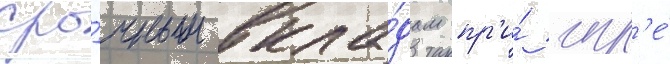
сро́чным вкла́дам пр'и́ игр'е́